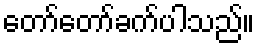
တော်တော်ခက်ပါသည်။